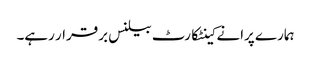
ہمارے پرانے کینٹکارٹ بیلنس برقرار رہے۔